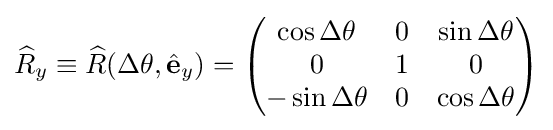
{\widehat {R}}_{y}\equiv {\widehat {R}}(\Delta \theta ,{\hat {\mathbf {e} }}_{y})={\begin{pmatrix}\cos \Delta \theta &0&\sin \Delta \theta \\0&1&0\\-\sin \Delta \theta &0&\cos \Delta \theta \\\end{pmatrix}}